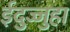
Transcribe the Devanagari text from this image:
ईदुज्जुहा